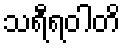
သရီရဝါတိ